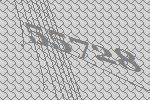
55728